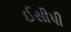
ઈસીપી